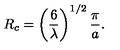
R _ { c } = \left( \frac { 6 } { \lambda } \right) ^ { 1 / 2 } \frac { \pi } { a } .